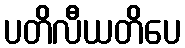
ပတိလီယတိပေ